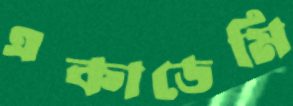
একাডেমি